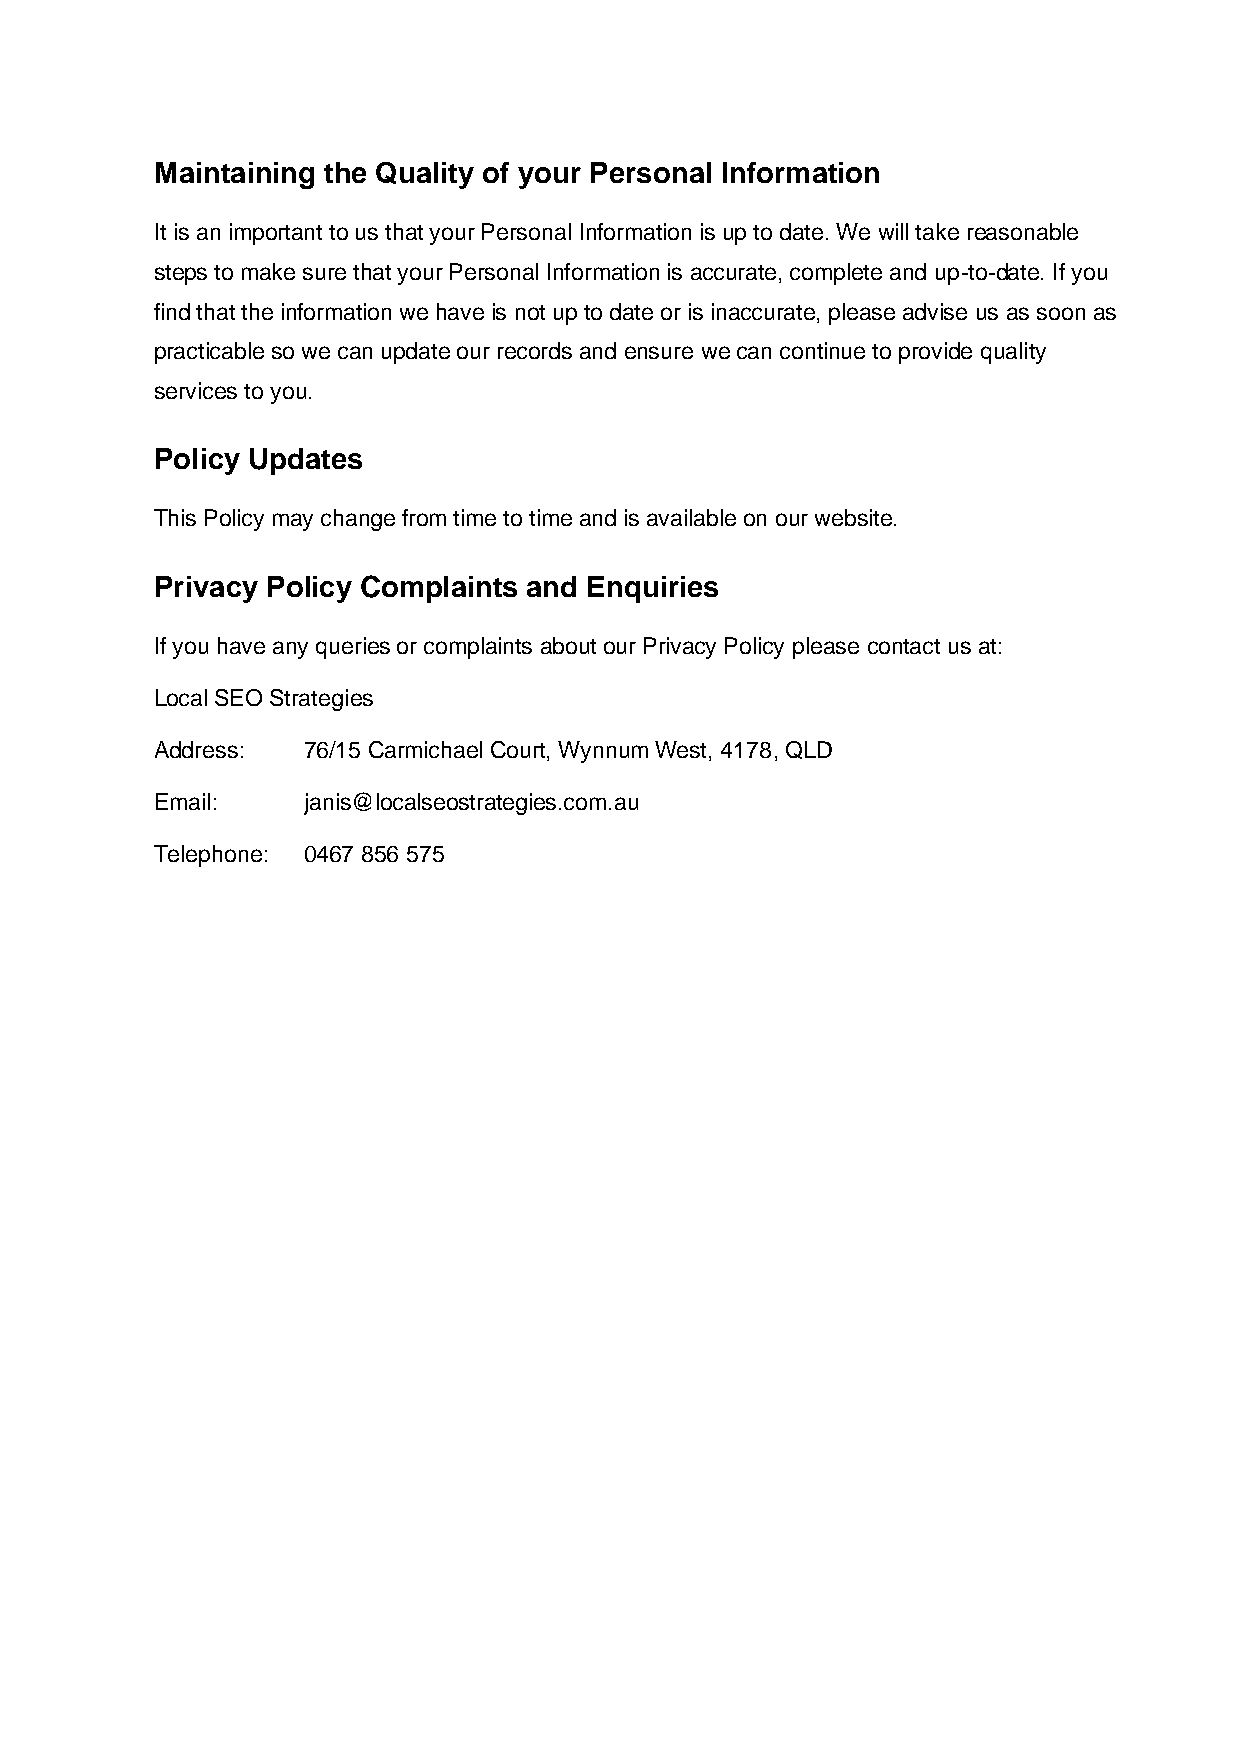
Maintaining the Quality of your Personal Information
 It is an important to us that your Personal Information is up to date. We will take reasonable
 steps to make sure that your Personal Information is accurate, complete and up-to-date. If you
 find that the information we have is not up to date or is inaccurate, please advise us as soon as
 practicable so we can update our records and ensure we can continue to provide quality
 services to you.
 Policy Updates
 This Policy may change from time to time and is available on our website.
 Privacy Policy Complaints and Enquiries
 If you have any queries or complaints about our Privacy Policy please contact us at:
 Local SEO Strategies
 Address:  76/15 Carmichael Court, Wynnum West, 4178, QLD
 Email:    janis@localseostrategies.com.au
 Telephone: 0467 856 575